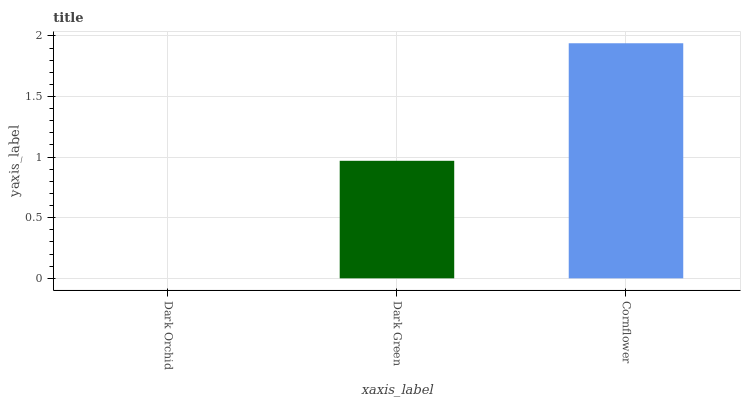
| xaxis_label | bars |
 | --- | --- |
 | Dark Orchid | 0 |
 | Dark Green | 0.97 |
 | Cornflower | 1.94 |